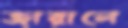
জারালে